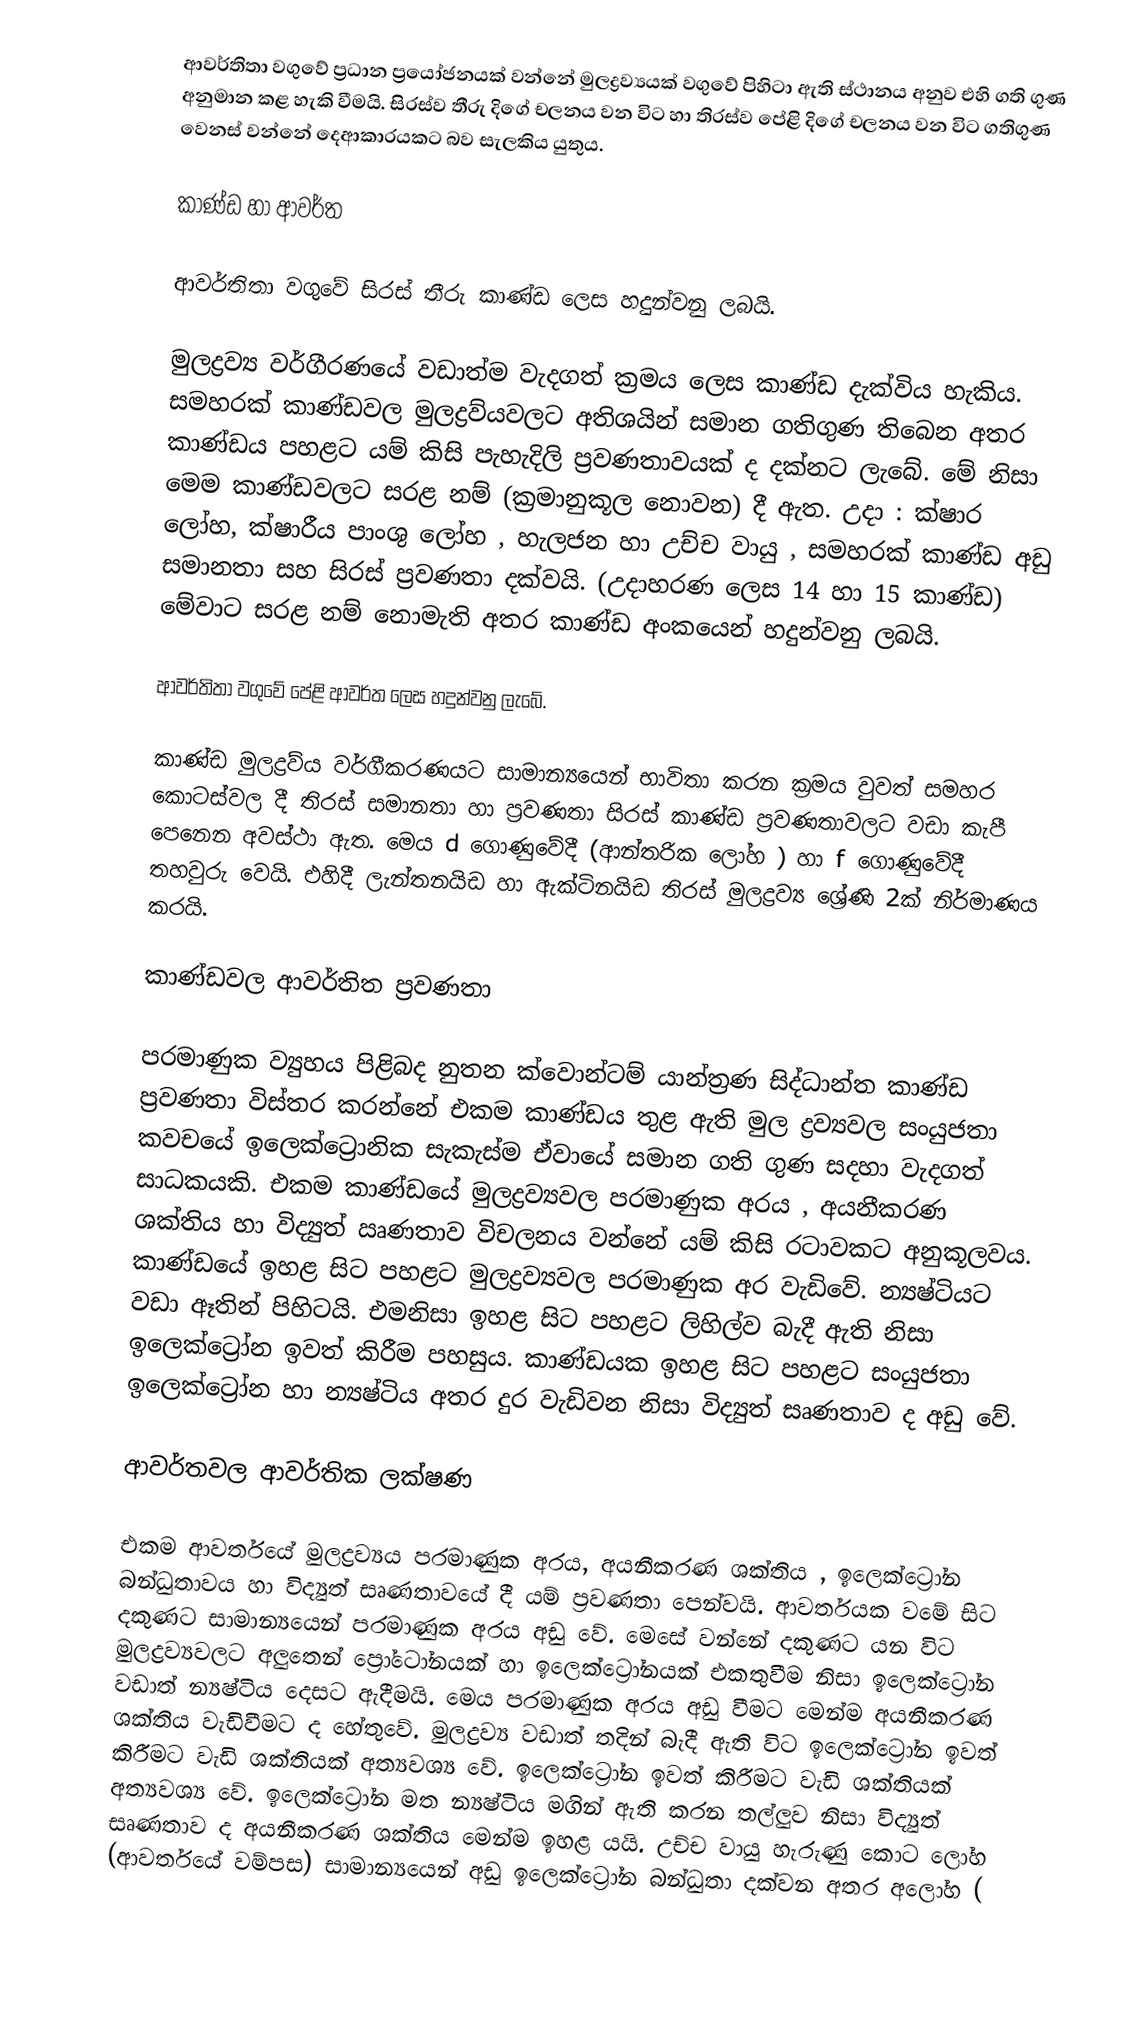
ආවර්තිතා වගුවේ ප්‍රධාන ප්‍රයෝජනයක් වන්නේ මුලද්‍රව්‍යයක්  වගුවේ පිහිටා ඇති ස්ථානය අනුව එහි ගති ගුණ අනුමාන කළ හැකි වීමයි. සිරස්ව තීරු  දිගේ චලනය වන විට හා තිරස්ව පේළි දිගේ චලනය වන විට ගතිගුණ වෙනස් වන්නේ දෙආකාරයකට බව සැලකිය යුතුය.

කාණ්ඩ හා ආවර්ත

	ආවර්තිතා වගුවේ සිරස් තීරු කාණ්ඩ ලෙස හදුන්වනු ලබයි.

මුලද්‍රව්‍ය වර්ගීරණයේ වඩාත්ම වැදගත් ක්‍රමය ලෙස කාණ්ඩ දැක්විය හැකිය. සමහරක් කාණ්ඩවල මුලද්‍රව්යවලට අතිශයින් සමාන ගතිගුණ තිබෙන අතර කාණ්ඩය පහළට යම් කිසි පැහැදිලි ප්‍රවණතාවයක් ද දක්නට ලැබේ. මේ නිසා මෙම කාණ්ඩවලට සරළ නම් (ක්‍රමානුකූල නොවන) දී ඇත. උදා : ක්ෂාර ලෝහ, ක්ෂාරීය පාංශු ලෝහ , හැලජන හා උච්ච වායු , සමහරක් කාණ්ඩ අඩු සමානතා සහ සිරස් ප්‍රවණතා දක්වයි. (උදාහරණ ලෙස 14 හා 15 කාණ්ඩ) මේවාට සරළ නම් නොමැති අතර කාණ්ඩ අංකයෙන් හදුන්වනු ලබයි.

	ආවර්තිතා වගුවේ පේළි ආවර්ත ලෙස හදුන්වනු ලැබේ.

කාණ්ඩ මුලද්‍රව්ය වර්ගීකරණයට සාමාන්‍යයෙන් භාවිතා කරන ක්‍රමය වුවත් සමහර කොටස්වල දී තිරස් සමානතා හා ප්‍රවණතා සිරස් කාණ්ඩ ප්‍රවණතාවලට වඩා කැපී පෙනෙන අවස්ථා ඇත. මෙය d  ගොණුවේදී (ආන්තරික ලෝහ ) හා f  ගොණුවේදී තහවුරු වෙයි. එහිදී ලැන්තනයිඩ හා ඇක්ටිනයිඩ තිරස් මුලද්‍රව්‍ය ශ්‍රේණි 2ක් නිර්මාණය කරයි.

කාණ්ඩවල ආවර්තිත ප්‍රවණතා

පරමාණුක ව්‍යුහය පිළිබද නුතන ක්වොන්ටම් යාන්ත්‍රණ සිද්ධාන්ත කාණ්ඩ ප්‍රවණතා විස්තර කරන්නේ එකම කාණ්ඩය තුළ ඇති මුල ද්‍රව්‍යවල සංයුජතා කවචයේ ඉලෙක්ට්‍රොනික සැකැස්ම ඒවායේ සමාන ගති ගුණ සදහා වැදගත් සාධකයකි. එකම කාණ්ඩයේ මුලද්‍රව්‍යවල පරමාණුක අරය , අයනීකරණ ශක්තිය හා විද්‍යුත් ඍණතාව විචලනය වන්නේ යම් කිසි රටාවකට අනුකූලවය. කාණ්ඩයේ ඉහළ සිට පහළට මුලද්‍රව්‍යවල පරමාණුක අර වැඩිවේ. න්‍යෂ්ටියට වඩා ඈතින් පිහිටයි. එමනිසා ඉහළ සිට පහළට ලිහිල්ව බැදී ඇති නිසා ඉලෙක්ට්‍රෝන ඉවත් කිරීම පහසුය. කාණ්ඩයක ඉහළ සිට පහළට සංයුජතා ඉලෙක්ට්‍රෝන හා න්‍යෂ්ටිය අතර දුර වැඩිවන නිසා විද්‍යුත් සෘණතාව ද අඩු වේ.

ආවර්තවල ආවර්තික ලක්ෂණ

එකම ආවර්තයේ මුලද්‍රව්‍යය පරමාණුක අරය, අයනීකරණ ශක්තිය , ඉලෙක්ට්‍රෝන බන්ධුතාවය හා විද්‍යුත් සෘණතාවයේ දී යම් ප්‍රවණතා පෙන්වයි. ආවර්තයක වමේ සිට දකුණට සාමාන්‍යයෙන් පරමාණුක අරය අඩු වේ. මෙසේ වන්නේ දකුණට යන විට මුලද්‍රව්‍යවලට අලුතෙන් ප්‍රෝටෝනයක් හා ඉලෙක්ට්‍රෝනයක් එකතුවීම නිසා ඉලෙක්ට්‍රෝන වඩාත් න්‍යෂ්ටිය දෙසට ඇදීමයි. මෙය පරමාණුක අරය අඩු වීමට මෙන්ම අයනීකරණ ශක්තිය වැඩිවීමට ද හේතුවේ. මුලද්‍රව්‍ය වඩාත් තදින් බැදී ඇති විට ඉලෙක්ට්‍රෝන ඉවත් කිරීමට වැඩි ශක්තියක් අත්‍යවශ්‍ය වේ. ඉලෙක්ට්‍රෝන ඉවත්  කිරීමට වැඩි ශක්තියක් අත්‍යවශ්‍ය වේ. ඉලෙක්ට්‍රෝන මත න්‍යෂ්ටිය මගින්  ඇති කරන තල්ලුව නිසා විද්‍යුත් සෘණතාව ද අයනීකරණ ශක්තිය මෙන්ම ඉහළ යයි. උච්ච වායු හැරුණු කොට ලෝහ (ආවර්තයේ වම්පස) සාමාන්‍යයෙන් අඩු ඉලෙක්ට්‍රෝන බන්ධුතා දක්වන අතර අලෝහ (